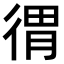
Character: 𢔥